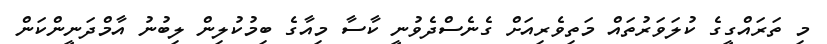
މި ތަރައްގީގެ ކުލަވަރުތައް މަތިވެރިއަށް ގެނެސްދެވުނީ ކާސާ މިއާގެ ބިމުކުލިން ލިބުނު އާމްދަނީންކަން